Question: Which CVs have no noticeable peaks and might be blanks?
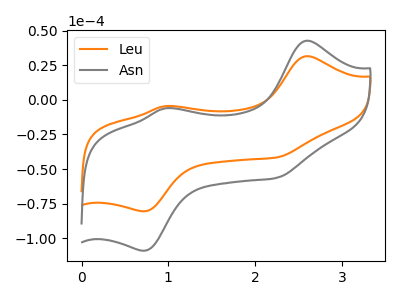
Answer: <think>The orange curve "Leu" has anodic peaks at (2.60V, 31.55uA) (0.95V, -4.55uA) and cathodic peaks at (0.75V, -80.45uA) (2.25V, -41.55uA). The gray curve "Asn" has anodic peaks at (2.60V, 42.75uA) (0.95V, -6.15uA) and cathodic peaks at (0.75V, -108.95uA) (2.25V, -56.25uA).</think>
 <answer>There are not any CV's on this graph that are likely to be blanks.</answer>
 <eval>none</eval>